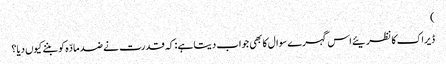
)
ڈیراک کا نظریئے اس گہرے سوال کا بھی جواب دیتا ہے : کہ قدرت نے ضد مادّہ کو بننے کیوں دیا؟